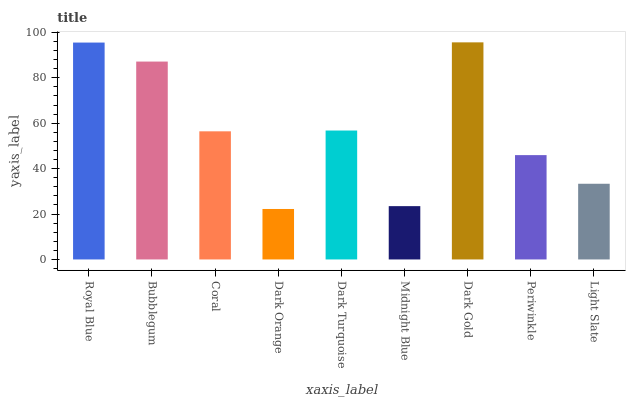
| xaxis_label | bars |
 | --- | --- |
 | Royal Blue | 95.5 |
 | Bubblegum | 87.2 |
 | Coral | 56.4 |
 | Dark Orange | 22.2 |
 | Dark Turquoise | 56.8 |
 | Midnight Blue | 23.5 |
 | Dark Gold | 95.6 |
 | Periwinkle | 46 |
 | Light Slate | 33.3 |